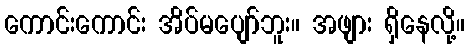
ကောင်းကောင်း အိပ်မပျော်ဘူး။ အဖျား ရှိနေလို့။